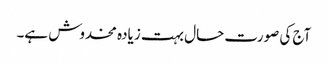
آج کی صورت حال بہت زیادہ مخدوش ہے۔